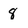
Character: 8